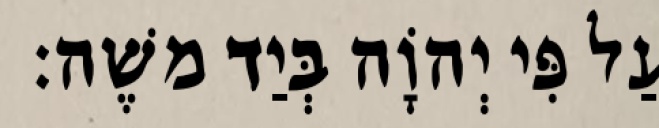
עַל פִּי יְהוָֹה בְּיַד משֶׁה׃